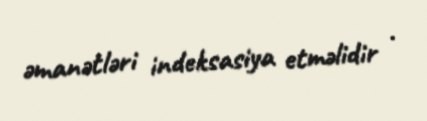
əmanətləri indeksasiya etməlidir .